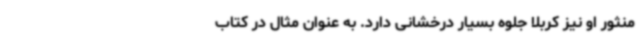
منثور او نیز کربلا جلوه بسیار درخشانی دارد. به عنوان مثال در کتاب